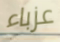
عزباء